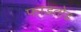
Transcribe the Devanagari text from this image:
फाडतोड